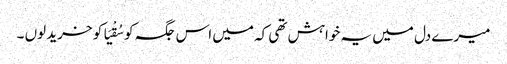
میرے دل میں یہ خواہش تھی کہ میں اس جگہ کو سُقْیَا کو خرید لوں ۔